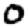
Digit: 0